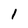
Character: 1